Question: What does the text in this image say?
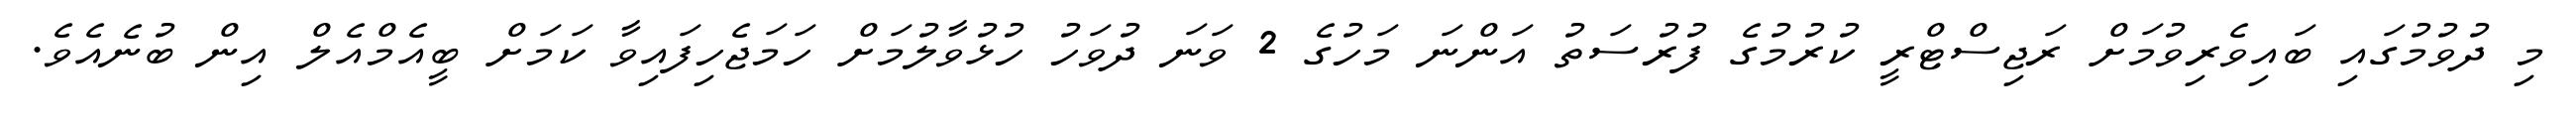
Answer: މި ދުވުމުގައި ބައިވެރިވުމަށް ރަޖިސްޓްރީ ކުރުމުގެ ފުރުސަތު އަންނަ މަހުގެ 2 ވަނަ ދުވަހު ހުޅުވާލުމަށް ހަމަޖެހިފައިވާ ކަމަށް ބީއެމްއެލް އިން ބުނެއެވެ.